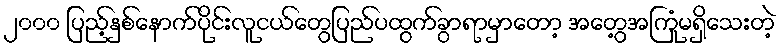
၂၀၀၀ ပြည့်နှစ်နောက်ပိုင်းလူငယ်တွေပြည်ပထွက်ခွာရာမှာတော့ အတွေ့အကြုံမရှိသေးတဲ့